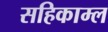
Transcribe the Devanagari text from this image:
सहिकाम्ल